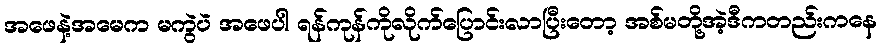
အဖေနဲ့အမေက မကွဲပဲ အဖေပါ ရန်ကုန်ကိုလိုက်ပြောင်းလာပြီးတော့ အစ်မတို့အဲ့ဒီကတည်းကနေ